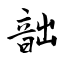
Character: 韷